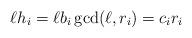
LaTeX: \begin{align*}\ell h_i = \ell b_i \gcd(\ell, r_i) = c_i r_i\end{align*}